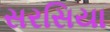
સરસિયા